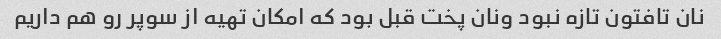
نان تافتون تازه نبود ونان پخت قبل بود که امکان تهیه از سوپر رو هم داریم